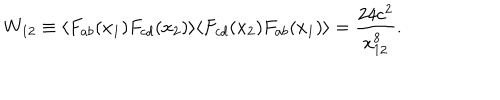
W _ { 1 2 } \equiv \langle F _ { a b } ( x _ { 1 } ) F _ { c d } ( x _ { 2 } ) \rangle \langle F _ { c d } ( x _ { 2 } ) F _ { a b } ( x _ { 1 } ) \rangle = \frac { 2 4 c ^ { 2 } } { x _ { 1 2 } ^ { 8 } } .